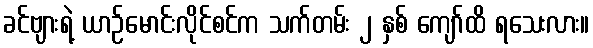
ခင်ဗျားရဲ့ ယာဉ်မောင်းလိုင်စင်က သက်တမ်း ၂ နှစ် ကျော်ထိ ရသေးလား။